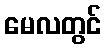
မေလတွင်